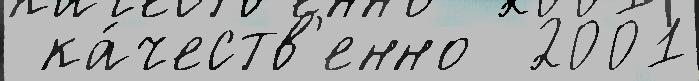
 ка́честв'енно  2001